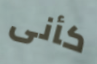
كأنى